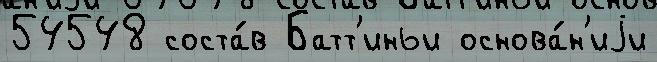
54548 соста́в Батт'иньи основа́н'иjи